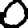
Digit: 0